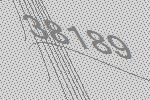
38189